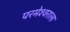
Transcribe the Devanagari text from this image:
परमेश्‍वराला